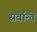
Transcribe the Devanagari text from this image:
सर्वान्ते